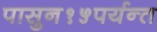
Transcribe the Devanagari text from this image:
पासुन१५पर्यन्त